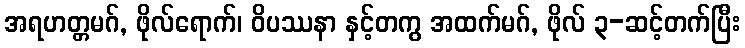
အရဟတ္တမဂ်, ဖိုလ်ရောက်၊ ဝိပဿနာ နှင့်တကွ အထက်မဂ်, ဖိုလ် ၃-ဆင့်တက်ပြီး